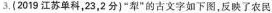
3，(2019江苏单科，23，2分)”犁”的古文字如下图，反映了农民